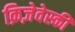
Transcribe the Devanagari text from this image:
क्रिज़ेवेस्की